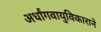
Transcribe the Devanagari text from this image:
अर्धांगवायुविकाराने